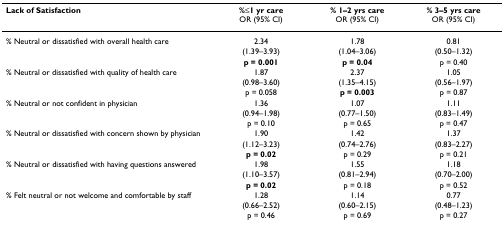
| Lack of Satisfaction | %≤1 yr careOR (95% CI) | % 1–2 yrs careOR (95% CI) | % 3–5 yrs careOR (95% CI) |
 | --- | --- | --- | --- |
 | % Neutral or dissatisfied with overall health care | 2.34 | 1.78 | 0.81 |
 |  | (1.39–3.93) | (1.04–3.06) | (0.50–1.32) |
 |  | p = 0.001 | p = 0.04 | p = 0.40 |
 | % Neutral or dissatisfied with quality of health care | 1.87 | 2.37 | 1.05 |
 |  | (0.98–3.60) | (1.35–4.15) | (0.56–1.97) |
 |  | p = 0.058 | p = 0.003 | p = 0.87 |
 | % Neutral or not confident in physician | 1.36 | 1.07 | 1.11 |
 |  | (0.94–1.98) | (0.77–1.50) | (0.83–1.49) |
 |  | p = 0.10 | p = 0.65 | p = 0.47 |
 | % Neutral or dissatisfied with concern shown by physician | 1.90 | 1.42 | 1.37 |
 |  | (1.12–3.23) | (0.74–2.76) | (0.83–2.27) |
 |  | p = 0.02 | p = 0.29 | p = 0.21 |
 | % Neutral or dissatisfied with having questions answered | 1.98 | 1.55 | 1.18 |
 |  | (1.10–3.57) | (0.81–2.94) | (0.70–2.00) |
 |  | p = 0.02 | p = 0.18 | p = 0.52 |
 | % Felt neutral or not welcome and comfortable by staff | 1.28 | 1.14 | 0.77 |
 |  | (0.66–2.52) | (0.60–2.15) | (0.48–1.23) |
 |  | p = 0.46 | p = 0.69 | p = 0.27 |